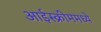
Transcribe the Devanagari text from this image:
आईस्क्रीममध्ये